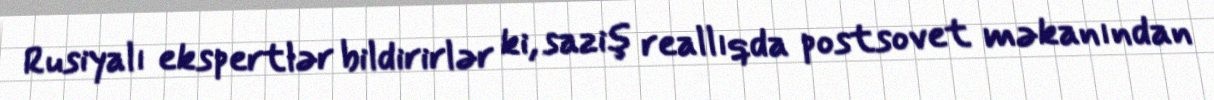
Rusiyalı ekspertlər bildirirlər ki, saziş reallıqda postsovet məkanından